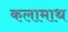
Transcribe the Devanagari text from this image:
कलामाथ